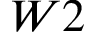
W 2